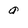
Character: 9